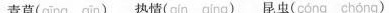
青草( qīng qīn )热情(qin qing)昆虫( cóng chong)